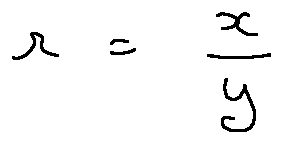
r = \frac { x } { y }